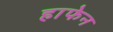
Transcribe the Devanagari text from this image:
हाफेन